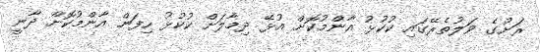
ރަށުގެ ވަލުތެރޭގައި ކުކުޅު އާންމުކޮށް އުޅޭ ދިމާލަށް ކުކުޅު ހިފަން އާންމުކޮށް ދާނީ